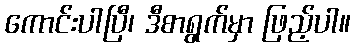
ကောင်းပါပြီ၊ ဒီစာရွက်မှာ ဖြည့်ပါ။